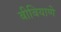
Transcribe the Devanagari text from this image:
बीबियाणे